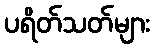
ပရိတ်သတ်များ